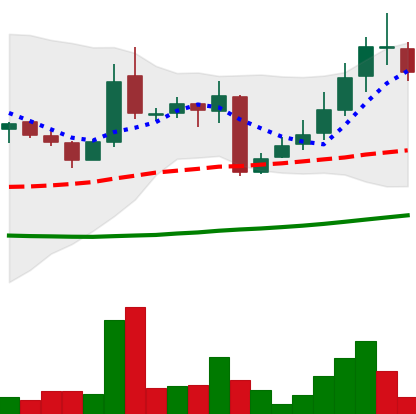
Ticker: LINK-USD
Chart end date: 2018-10-19
Forward return: 13.84%
Label: up_7plus